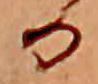
る